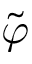
\tilde { \varphi }